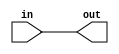
/////////////////////////////////////////////////////
/////////////////////// buf /////////////////////////
/////////////////////////////////////////////////////
module buffer_wire (
	input in,
	output out
);

assign out = in;

endmodule

/////////////////////////////////////////////////////
/////////////////////// fle /////////////////////////
/////////////////////////////////////////////////////
module fle (
	input [7:0]in,
	input [66:0]config_in,
	input config_reset,
	input clk,
	output [1:0]out
);

wire out_lut4_0;
wire out_lut4_1;
wire out_lut4_2;
wire out_lut4_3;

wire in_4;
wire in_5;

//assign in_4 = config_in[64]?in[2]:in[4];
//assign in_5 = config_in[64]?in[3]:in[5];

mux2_inner fracture_lut_in_4 ( .config_in(config_in[64]), .config_reset(1'b0), .in({in[4], in[2]}), .out(in_4) );
mux2_inner fracture_lut_in_5 ( .config_in(config_in[64]), .config_reset(1'b0), .in({in[5], in[3]}), .out(in_5) );

lut4 lut4_0 ( .config_in(config_in[15:0]), .config_reset(config_reset), .in(in[3:0]), .out(out_lut4_0) );
lut4 lut4_1 ( .config_in(config_in[31:16]), .config_reset(config_reset), .in(in[3:0]), .out(out_lut4_1) );
lut4 lut4_2 ( .config_in(config_in[47:32]), .config_reset(config_reset), .in({in_5, in_4, in[1:0]}), .out(out_lut4_2) );
lut4 lut4_3 ( .config_in(config_in[63:48]), .config_reset(config_reset), .in({in_5, in_4, in[1:0]}), .out(out_lut4_3) );

wire out_lut5_0;
wire out_lut5_1;
wire out_lut6;

mux2_inner lut5_0_0 ( .config_in(in[6]), .config_reset(config_reset), .in({out_lut4_1, out_lut4_0}), .out(out_lut5_0) ); //[6][3][2][1][0]
mux2_inner lut5_0_1 ( .config_in(in[6]), .config_reset(config_reset), .in({out_lut4_3, out_lut4_2}), .out(out_lut5_1) ); 
mux2_inner lut6 ( .config_in(in[7]), .config_reset(config_reset), .in({out_lut5_1, out_lut5_0}), .out(out_lut6) ); //[7][6][3][2][1][0]

wire out_lut_0;
wire out_lut_1;
wire out_ff_0;
wire out_ff_1;

mux2_inner fracture_lut ( .config_in(config_in[64]), .config_reset(config_reset), .in({out_lut5_0, out_lut6}), .out(out_lut_0) ); 
mux2_inner lut5_1 ( .config_in(in[7]), .config_reset(config_reset), .in({out_lut4_3, out_lut4_2}), .out(out_lut_1) ); //[7][5][4][1][0]

ff ff_0 ( .D(out_lut_0), .clk(clk), .Q(out_ff_0) );
ff ff_1 ( .D(out_lut_1), .clk(clk), .Q(out_ff_1) );

mux2_inner mux_bypass_0 ( .config_in(config_in[65]), .config_reset(config_reset), .in({out_ff_0, out_lut_0}), .out(out[0]) );
mux2_inner mux_bypass_1 ( .config_in(config_in[66]), .config_reset(config_reset), .in({out_ff_1, out_lut_1}), .out(out[1]) );

endmodule

/////////////////////////////////////////////////////
/////////////////////// lut /////////////////////////
/////////////////////////////////////////////////////
module lut4 ( input [15:0]config_in, input config_reset, input [3:0]in, output reg out );

wire [3:0]in_flip;
assign in_flip = {in[0], in[1], in[2], in[3]};

always @ (*) begin
	if (config_reset) begin
		out = 1'b1;
	end else begin
		case(in)
			4'd0: out = config_in[0];
			4'd1: out = config_in[1];
			4'd2: out = config_in[2];
			4'd3: out = config_in[3];
			4'd4: out = config_in[4];
			4'd5: out = config_in[5];
			4'd6: out = config_in[6];
			4'd7: out = config_in[7];
			4'd8: out = config_in[8];
			4'd9: out = config_in[9];
			4'd10: out = config_in[10];
			4'd11: out = config_in[11];
			4'd12: out = config_in[12];
			4'd13: out = config_in[13];
			4'd14: out = config_in[14];
			4'd15: out = config_in[15];
		endcase
	end
end

endmodule

module lut6 ( input [63:0]config_in, input config_reset, input [5:0]in, output reg out );

wire [5:0]in_flip;
assign in_flip = {in[0], in[1], in[2], in[3], in[4], in[5]};

always @ (*) begin
	if (config_reset) begin
		out = 1'b1;
	end else begin
		case(in)
			6'd0: out = config_in[0];
			6'd1: out = config_in[1];
			6'd2: out = config_in[2];
			6'd3: out = config_in[3];
			6'd4: out = config_in[4];
			6'd5: out = config_in[5];
			6'd6: out = config_in[6];
			6'd7: out = config_in[7];
			6'd8: out = config_in[8];
			6'd9: out = config_in[9];
			6'd10: out = config_in[10];
			6'd11: out = config_in[11];
			6'd12: out = config_in[12];
			6'd13: out = config_in[13];
			6'd14: out = config_in[14];
			6'd15: out = config_in[15];
			6'd16: out = config_in[16];
			6'd17: out = config_in[17];
			6'd18: out = config_in[18];
			6'd19: out = config_in[19];
			6'd20: out = config_in[20];
			6'd21: out = config_in[21];
			6'd22: out = config_in[22];
			6'd23: out = config_in[23];
			6'd24: out = config_in[24];
			6'd25: out = config_in[25];
			6'd26: out = config_in[26];
			6'd27: out = config_in[27];
			6'd28: out = config_in[28];
			6'd29: out = config_in[29];
			6'd30: out = config_in[30];
			6'd31: out = config_in[31];
			6'd32: out = config_in[32];
			6'd33: out = config_in[33];
			6'd34: out = config_in[34];
			6'd35: out = config_in[35];
			6'd36: out = config_in[36];
			6'd37: out = config_in[37];
			6'd38: out = config_in[38];
			6'd39: out = config_in[39];
			6'd40: out = config_in[40];
			6'd41: out = config_in[41];
			6'd42: out = config_in[42];
			6'd43: out = config_in[43];
			6'd44: out = config_in[44];
			6'd45: out = config_in[45];
			6'd46: out = config_in[46];
			6'd47: out = config_in[47];
			6'd48: out = config_in[48];
			6'd49: out = config_in[49];
			6'd50: out = config_in[50];
			6'd51: out = config_in[51];
			6'd52: out = config_in[52];
			6'd53: out = config_in[53];
			6'd54: out = config_in[54];
			6'd55: out = config_in[55];
			6'd56: out = config_in[56];
			6'd57: out = config_in[57];
			6'd58: out = config_in[58];
			6'd59: out = config_in[59];
			6'd60: out = config_in[60];
			6'd61: out = config_in[61];
			6'd62: out = config_in[62];
			6'd63: out = config_in[63];
		endcase
	end
end

endmodule


/////////////////////////////////////////////////////
///////////////////// latch /////////////////////////
/////////////////////////////////////////////////////
module latch ( input clk, input reset, input en, input in, output reg out );

always @ (posedge clk) begin
	if(!reset) begin
		out<=0;
	end
	else if (en) begin
		out<=in;
	end
end

endmodule

/////////////////////////////////////////////////////
///////////////////// ff /////////////////////////
/////////////////////////////////////////////////////
module ff ( input D, input clk, output reg Q );

always @ (posedge clk) begin
	Q <= D;
end

endmodule

/////////////////////////////////////////////////////
///////////////////// mux2_inner /////////////////////////
/////////////////////////////////////////////////////
module mux2_inner (
	input [1:0]in,
	input [0:0]config_in,
	input config_reset,
	output reg out
);

always @ (*) begin
	if (config_reset) begin
		out = 1'b1;
	end else begin
		case(config_in)
			1'd0: out = in[0];
			1'd1: out = in[1];
			default: out = 1'b1;
		endcase
	end
end

endmodule